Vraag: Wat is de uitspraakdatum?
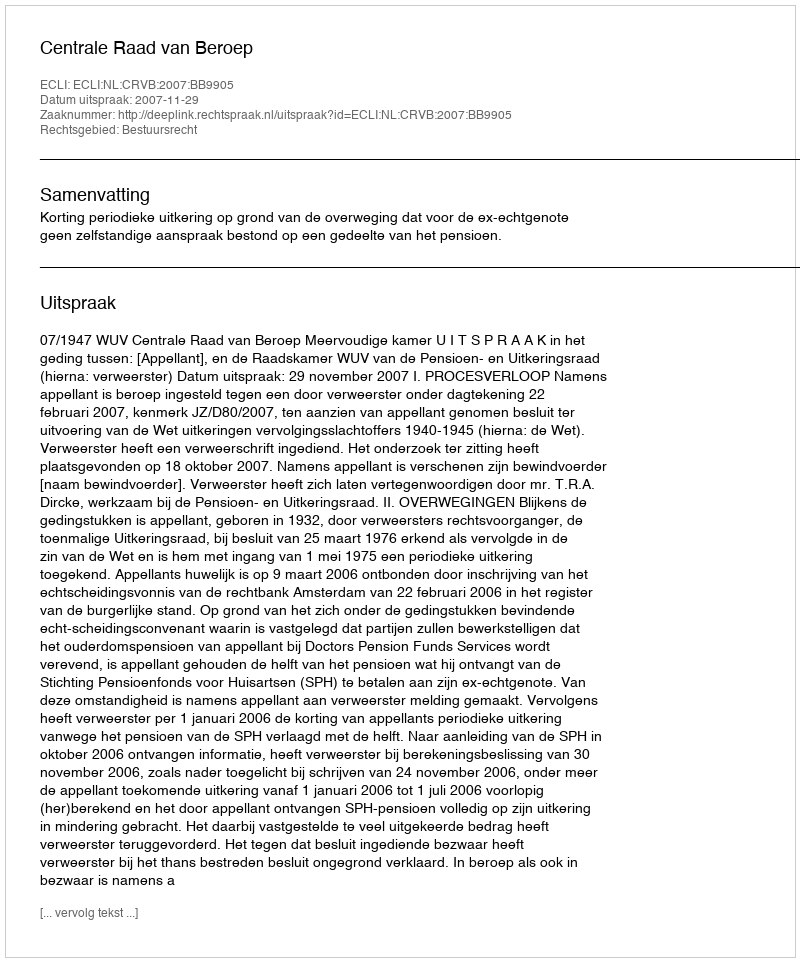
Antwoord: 2007-11-29